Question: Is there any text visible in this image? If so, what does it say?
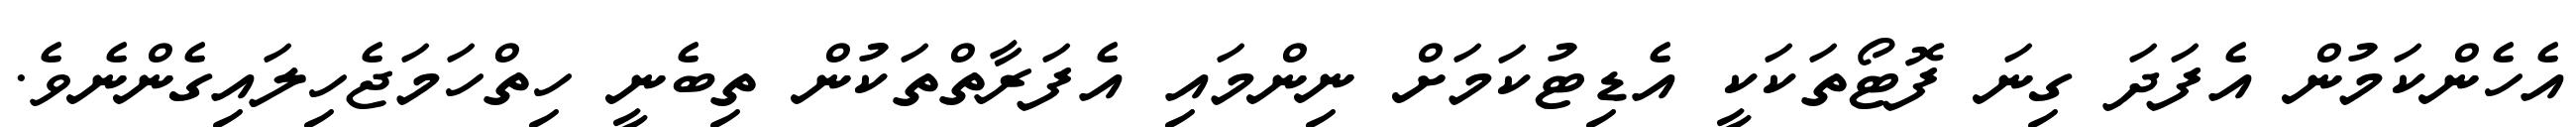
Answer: އެހެންކަމުން އެފަދަ ގިނަ ފޮޓޯތަކަކީ އެޑިޓުކަމަށް ނިންމައި އެފަރާތްތަކުން ތިބެނީ ހިތްހަމަޖެހިލައިގެންނެވެ.